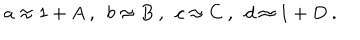
LaTeX: a \approx 1 + A ~ , ~ ~ b \approx B ~ , ~ ~ c \approx C ~ , ~ ~ d \approx 1 + D ~ .